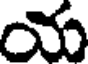
య